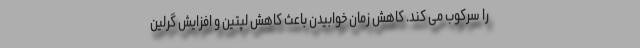
را سرکوب می کند. کاهش زمان خوابیدن باعث کاهش لپتین و افزایش گرلین